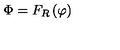
\Phi = F _ { R } \left( \varphi \right)